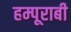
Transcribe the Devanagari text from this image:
हम्पूराबी